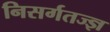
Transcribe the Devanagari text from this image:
निसर्गतज्ज्ञ